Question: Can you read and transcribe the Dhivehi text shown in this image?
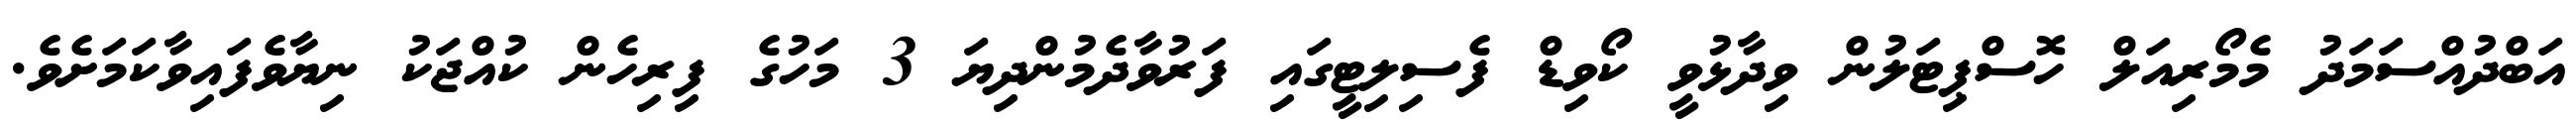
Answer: އަބްދުއްސަމަދު މެމޯރިއަލް ހޮސްޕިޓަލުން ވިދާޅުވީ ކޯވިޑް ފެސިލިޓީގައި ފަރުވާދެމުންދިޔަ 3 މަހުގެ ފިރިހެން ކުއްޖަކު ނިޔާވެފައިވާކަމަށެވެ.